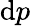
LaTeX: \mathrm{d}p